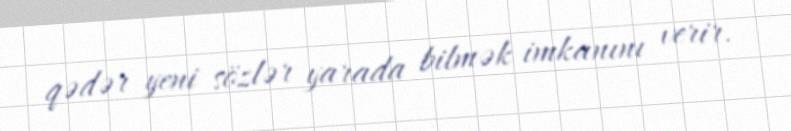
qədər yeni sözlər yarada bilmək imkanını verir.